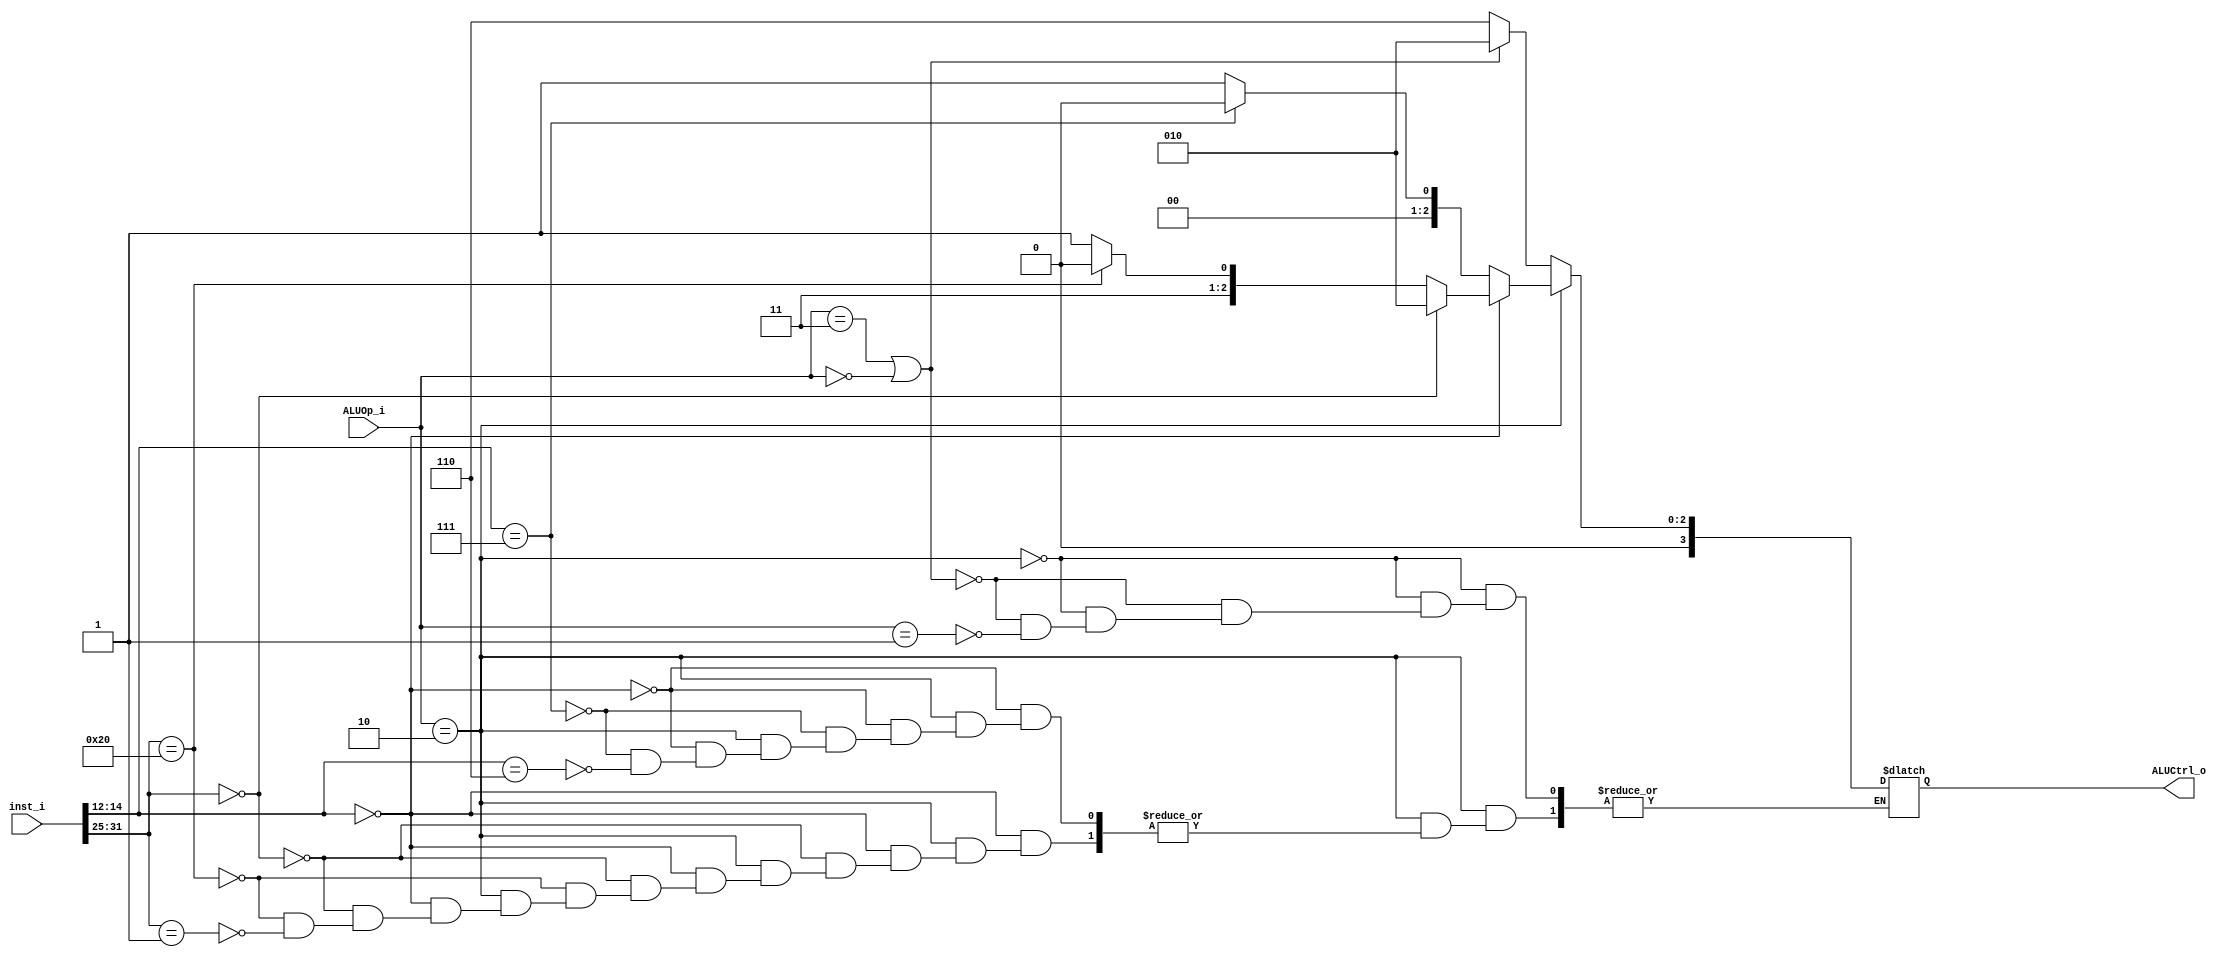
module ALU_Control
(
	inst_i,
	ALUOp_i,
	ALUCtrl_o
);

input  [31 : 0] inst_i;
input  [1 : 0]  ALUOp_i;
output [3 : 0]  ALUCtrl_o;

reg [3 : 0] ALUCtrl_reg;

assign ALUCtrl_o = ALUCtrl_reg;

always @(inst_i or ALUOp_i)
begin
	if (ALUOp_i == 2'b10)
	begin
		if (inst_i[14 : 12] == 3'b000)
		begin
			if (inst_i[31 : 25] == 7'b0000000)
			begin
				ALUCtrl_reg = 4'b0010;
			end
			else if (inst_i[31 : 25] == 7'b0100000)
			begin
				ALUCtrl_reg = 4'b0110;
			end
			else if (inst_i[31 : 25] == 7'b0000001)
			begin
				ALUCtrl_reg = 4'b0111;
			end
		end
		else if (inst_i[14 : 12] == 3'b111)
		begin
			ALUCtrl_reg = 4'b0000;
		end
		else if (inst_i[14 : 12] == 3'b110)
		begin
			ALUCtrl_reg = 4'b0001;
		end
	end
	else if (ALUOp_i == 2'b11 || ALUOp_i == 2'b00)
	begin
		ALUCtrl_reg = 4'b0010;
	end
	else if (ALUOp_i == 2'b01)
	begin
		ALUCtrl_reg = 4'b0110;
	end
end

endmodule